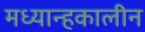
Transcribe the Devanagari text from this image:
मध्यान्हकालीन